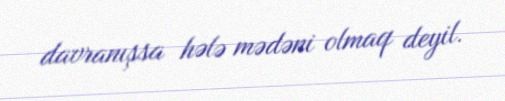
davranışsa hələ mədəni olmaq deyil.